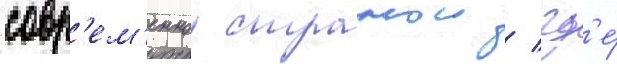
совр'ем'еннои странои / гд'е́